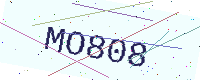
Text: MO808